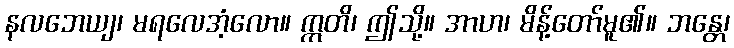
နလဘေယျ၊ မရလေအံ့လော။ ဣတိ၊ ဤသို့။ အာဟ၊ မိန့်တော်မူ၏။ ဘန္တေ၊